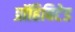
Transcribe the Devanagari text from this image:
प्रॉहिबिटेड